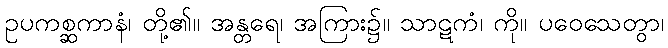
ဥပကစ္ဆကာနံ၊ တို့၏။ အန္တရေ၊ အကြား၌။ သာဋကံ၊ ကို။ ပဝေသေတွာ၊